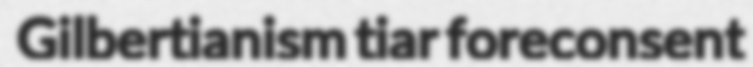
Gilbertianism tiar foreconsent